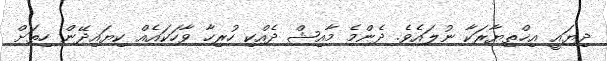
ދިޔައީ އިޚްތިޔާރަކާ ނުލައެވެ. ދެންމެ މާއިޝް ދެއްކި ހުރިހާ ވާހަކައެއް ކިޔައިދޭން ހިތަށް